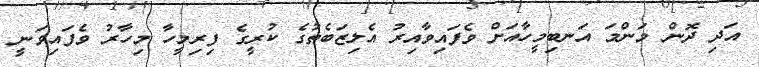
އަދި ދޮން މަންމަ އަނބިމީހާއަށް ވެފައިވާއިރު އެލިޒަބެތުގެ ކުރީގެ ފިރިމީހާ މިހާރު ވެފައިވަނީ